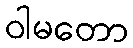
ဝါမတော